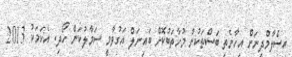
އިސްލާމްދީނަށް އިހާނެތި ބަސްތަކުން މުހާތަބުކޮށް ބައިނަލް އަގުވާމީ ސަމާލުކަން ހޯދި. އެކަމަކު 2013